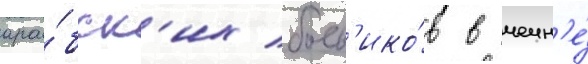
ара́бск'их боев'ико́в в чечн'е́